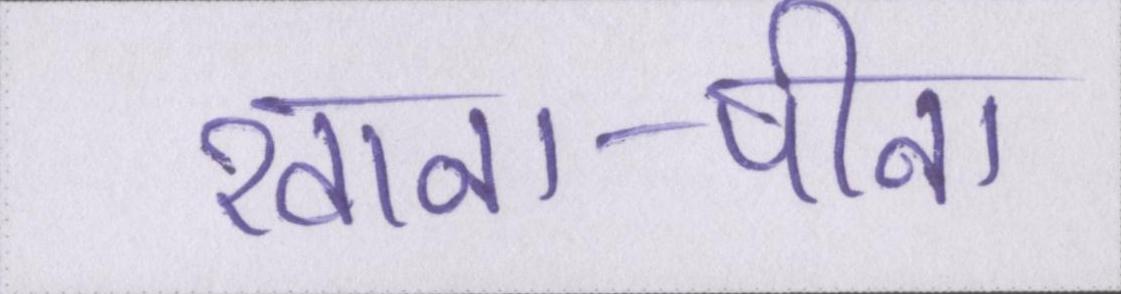
खाना-पीना